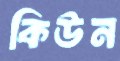
কিউন